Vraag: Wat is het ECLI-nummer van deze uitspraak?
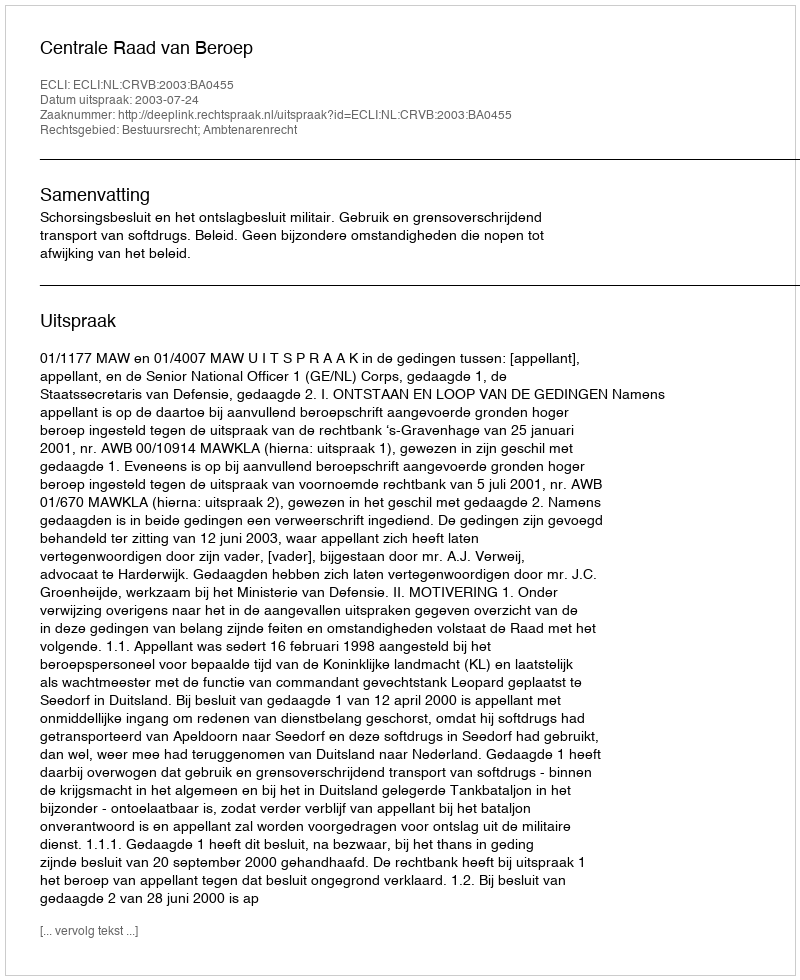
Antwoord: ECLI:NL:CRVB:2003:BA0455